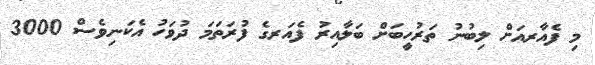
މި ފެއާރއަށް ލިބުނު ތަރުހީބަށް ބަލާއިރު ފެއަރގެ ފުރަތަމަ ދުވަހު އެކަނިވެސް 3000